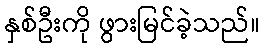
နှစ်ဦးကို ဖွားမြင်ခဲ့သည်။